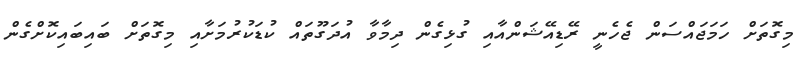
މިގޮތަށް ހަމަޖައްސަން ޖެހެނީ ރޭޑިއޭޝަންއާއި ގުޅިގެން ދިމާވާ އުދަގޫތައް ކުޑަކުރުމަށާއި މިގޮތަށް ބައިބައިކޮށްގެން